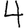
Digit: 4